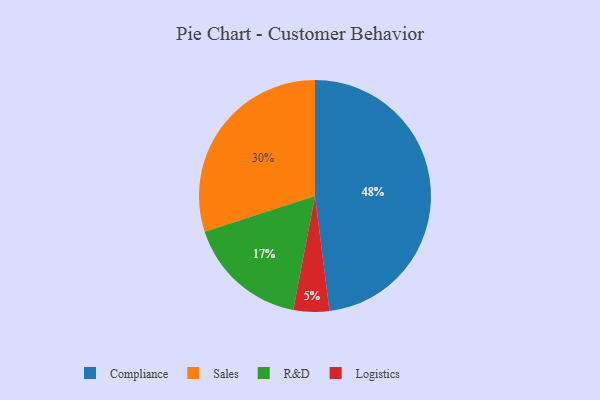
{"axis": {"x": "Category", "y": "Percentage"}, "legend": ["Compliance", "Logistics", "R&D", "Sales"], "data": [{"x": "R&D", "y": 17, "type": "R&D"}, {"x": "Sales", "y": 30, "type": "Sales"}, {"x": "Logistics", "y": 5, "type": "Logistics"}, {"x": "Compliance", "y": 48, "type": "Compliance"}]}